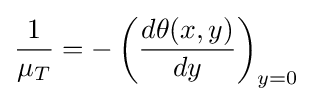
{1 \over \mu _{T}}=-\left({\frac {d\theta (x,y)}{dy}}\right)_{y=0}